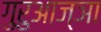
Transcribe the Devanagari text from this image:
गुरुआज्ञा